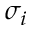
\sigma _ { i }